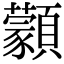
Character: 𩕱